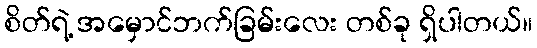
စိတ်ရဲ့ အမှောင်ဘက်ခြမ်းလေး တစ်ခု ရှိပါတယ်။